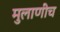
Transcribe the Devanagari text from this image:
मुलाणीच